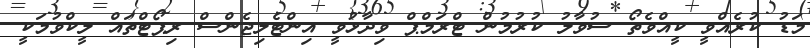
މަޑު ކުރެއްވީ ކީއްވެތޯ ސުވާލު ކުރުމުން ޓްރަމްޕް ވިދާޅުވީ އިންޓެލިޖެންސް ރިޕޯޓްތައް ލީކްވުމަކީ